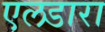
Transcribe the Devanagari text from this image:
एलडारा